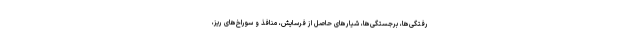
رفتگی‌ها، برجستگی‌ها، شیارهای حاصل از فرسایش، منافذ و سوراخ‌های ریز،